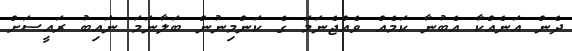
ދެން އަނެއްކާ އެބުނާ ކަމެއް ވެއްޖެނަމަ ގެ ކަންމިނުން ބަލާނަމަ ނައިބު ރައީސަށް